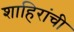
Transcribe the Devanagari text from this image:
शाहिरांची